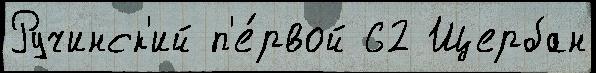
Ручинск'ий п'е́рвой 62 Щербан